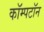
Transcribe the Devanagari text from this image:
कॉम्पटॉन